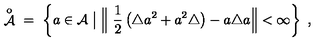
\displaystyle \mathop { { \mathcal A } } ^ { \mathrm { o } } \ = \ \left\{ a \in { \mathcal A } \bigm | \Big \| \ \frac 1 2 \left( \triangle a ^ { 2 } + a ^ { 2 } \triangle \right) - a \triangle a \Big \| < \infty \right\} \ ,